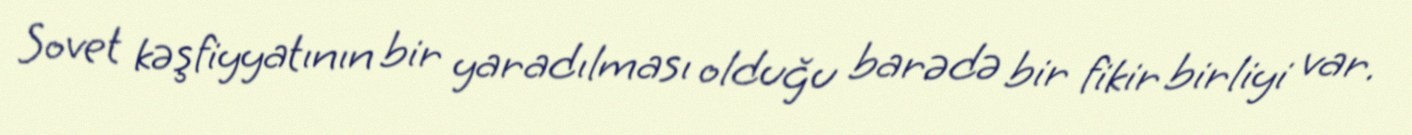
Sovet kəşfiyyatının bir yaradılması olduğu barədə bir fikir birliyi var.